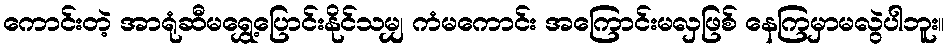
ကောင်းတဲ့ အာရုံဆီမရွှေ့ပြောင်းနိုင်သမျှ ကံမကောင်း အကြောင်းမလှဖြစ် နေကြမှာမလွဲပါဘူး။